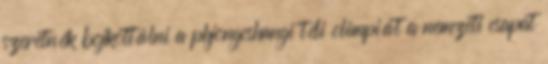
szeretnék bojkottálni a phjongcshangi téli olimpiát a nemzeti csapat